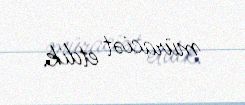
müraciət etdik.